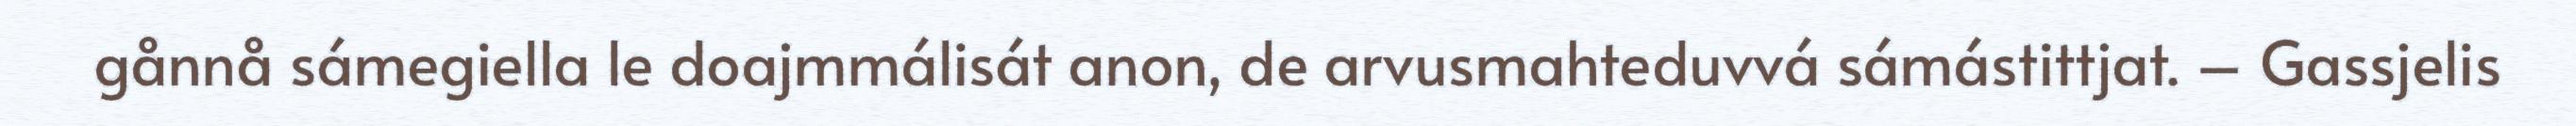
gånnå sámegiella le doajmmálisát anon, de arvusmahteduvvá sámástittjat. – Gassjelis